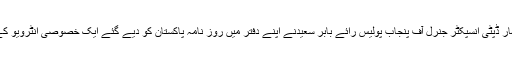
ان خیالات کا اظہار ڈپٹی انسپکٹر جنرل آف پنجاب پولیس رائے بابر سعیدنے اپنے دفتر میں روز نامہ پاکستان کو دیے گئے ایک خصوصی انٹرویو کے دوران کیا ہے۔